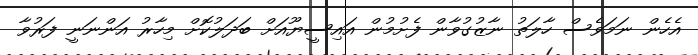
އެހެން ނަމަވެސް ހާލަތު ނާޒުގުވާން ފެށުމުން އައިސީޔޫއަށް ބަދަލުކޮށް މިހާރު އަންނަނީ ފަރުވާ